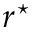
r ^ { \star }